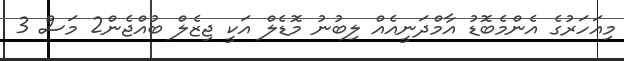
މިއަހަރުގެ އެންމެބޮޑު އާމްދަނީއެއް ލިބުނު މޮޑެލް އަކީ ޖިޒެލް ބުއްޖެން2 މަސް 3